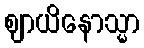
ဈာယိနောသ္မာ